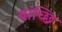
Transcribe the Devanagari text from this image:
वांच्छि